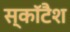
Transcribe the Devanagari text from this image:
स्कॉटैश